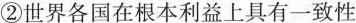
②世界各国在根本利益上具有一致性